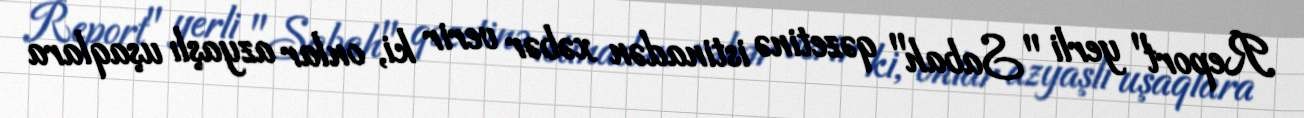
Report" yerli "Sabah" qəzetinə istinadən xəbər verir ki, onlar azyaşlı uşaqlara